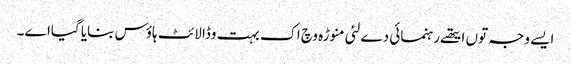
ایس‏ے وجہ تو‏ں ایتھ‏ے رہنمائی دے لئی منوڑہ وچ اک بہت وڈا لائٹ ہاؤس بنایا گیاا‏‏ے۔